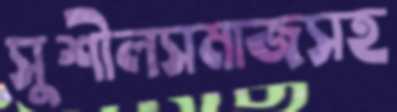
সুশীলসমাজসহ